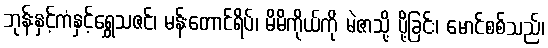
ဘုန်းနှင့်ကံနှင့်ရွှေသဇင်၊ မန်းတောင်ရိပ်၊ မိမိကိုယ်ကို မဲဇာသို့ ပို့ခြင်း၊ မောင်စစ်သည်၊